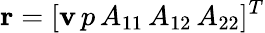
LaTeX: {\mathbf r}=[{\mathbf v}\, p\, A_{11}\, A_{12}\, A_{22}]^{T}